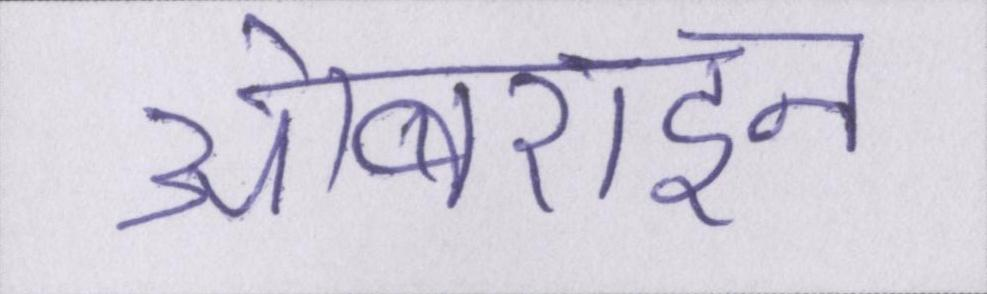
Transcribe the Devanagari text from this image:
ओबराइन